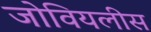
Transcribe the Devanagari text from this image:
जोवियलीस